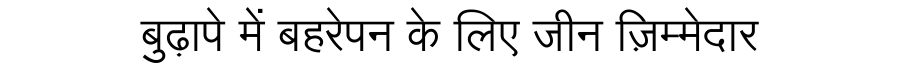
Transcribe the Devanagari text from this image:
बुढ़ापे में बहरेपन के लिए जीन ज़िम्मेदार